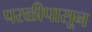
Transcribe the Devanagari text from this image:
परळीपासून